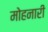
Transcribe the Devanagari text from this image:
मोहनारी